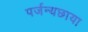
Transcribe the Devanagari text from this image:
पर्जन्यछाया